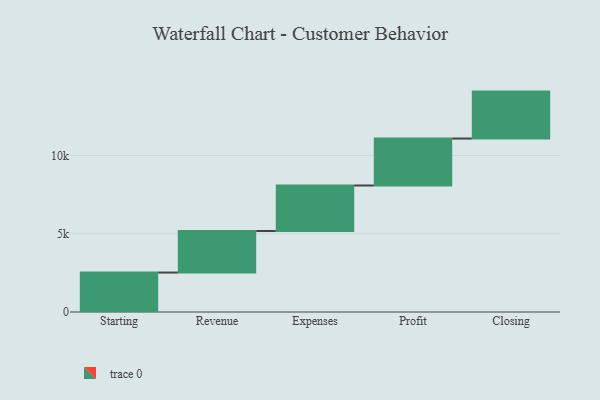
{"axis": {"x": "Step", "y": "Value"}, "legend": [""], "data": [{"x": "Starting", "y": 2520.0, "type": ""}, {"x": "Revenue", "y": 2655.0, "type": ""}, {"x": "Expenses", "y": 2908.0, "type": ""}, {"x": "Profit", "y": 3000, "type": ""}, {"x": "Closing", "y": 3000, "type": ""}]}